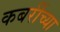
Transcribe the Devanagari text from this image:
कबरींच्या